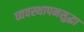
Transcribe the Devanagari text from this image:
व्यवस्थापनसुद्धा